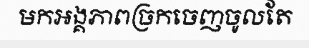
មកអង្គភាពច្រកចេញចូលតែ